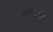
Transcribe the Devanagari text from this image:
भरल्यावेळीं